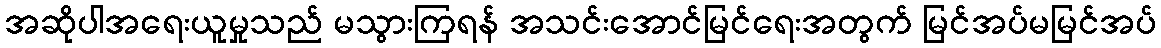
အဆိုပါအရေးယူမှုသည် မသွားကြရန် အသင်းအောင်မြင်ရေးအတွက် မြင်အပ်မမြင်အပ်